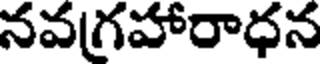
నవగ్రహారాధన